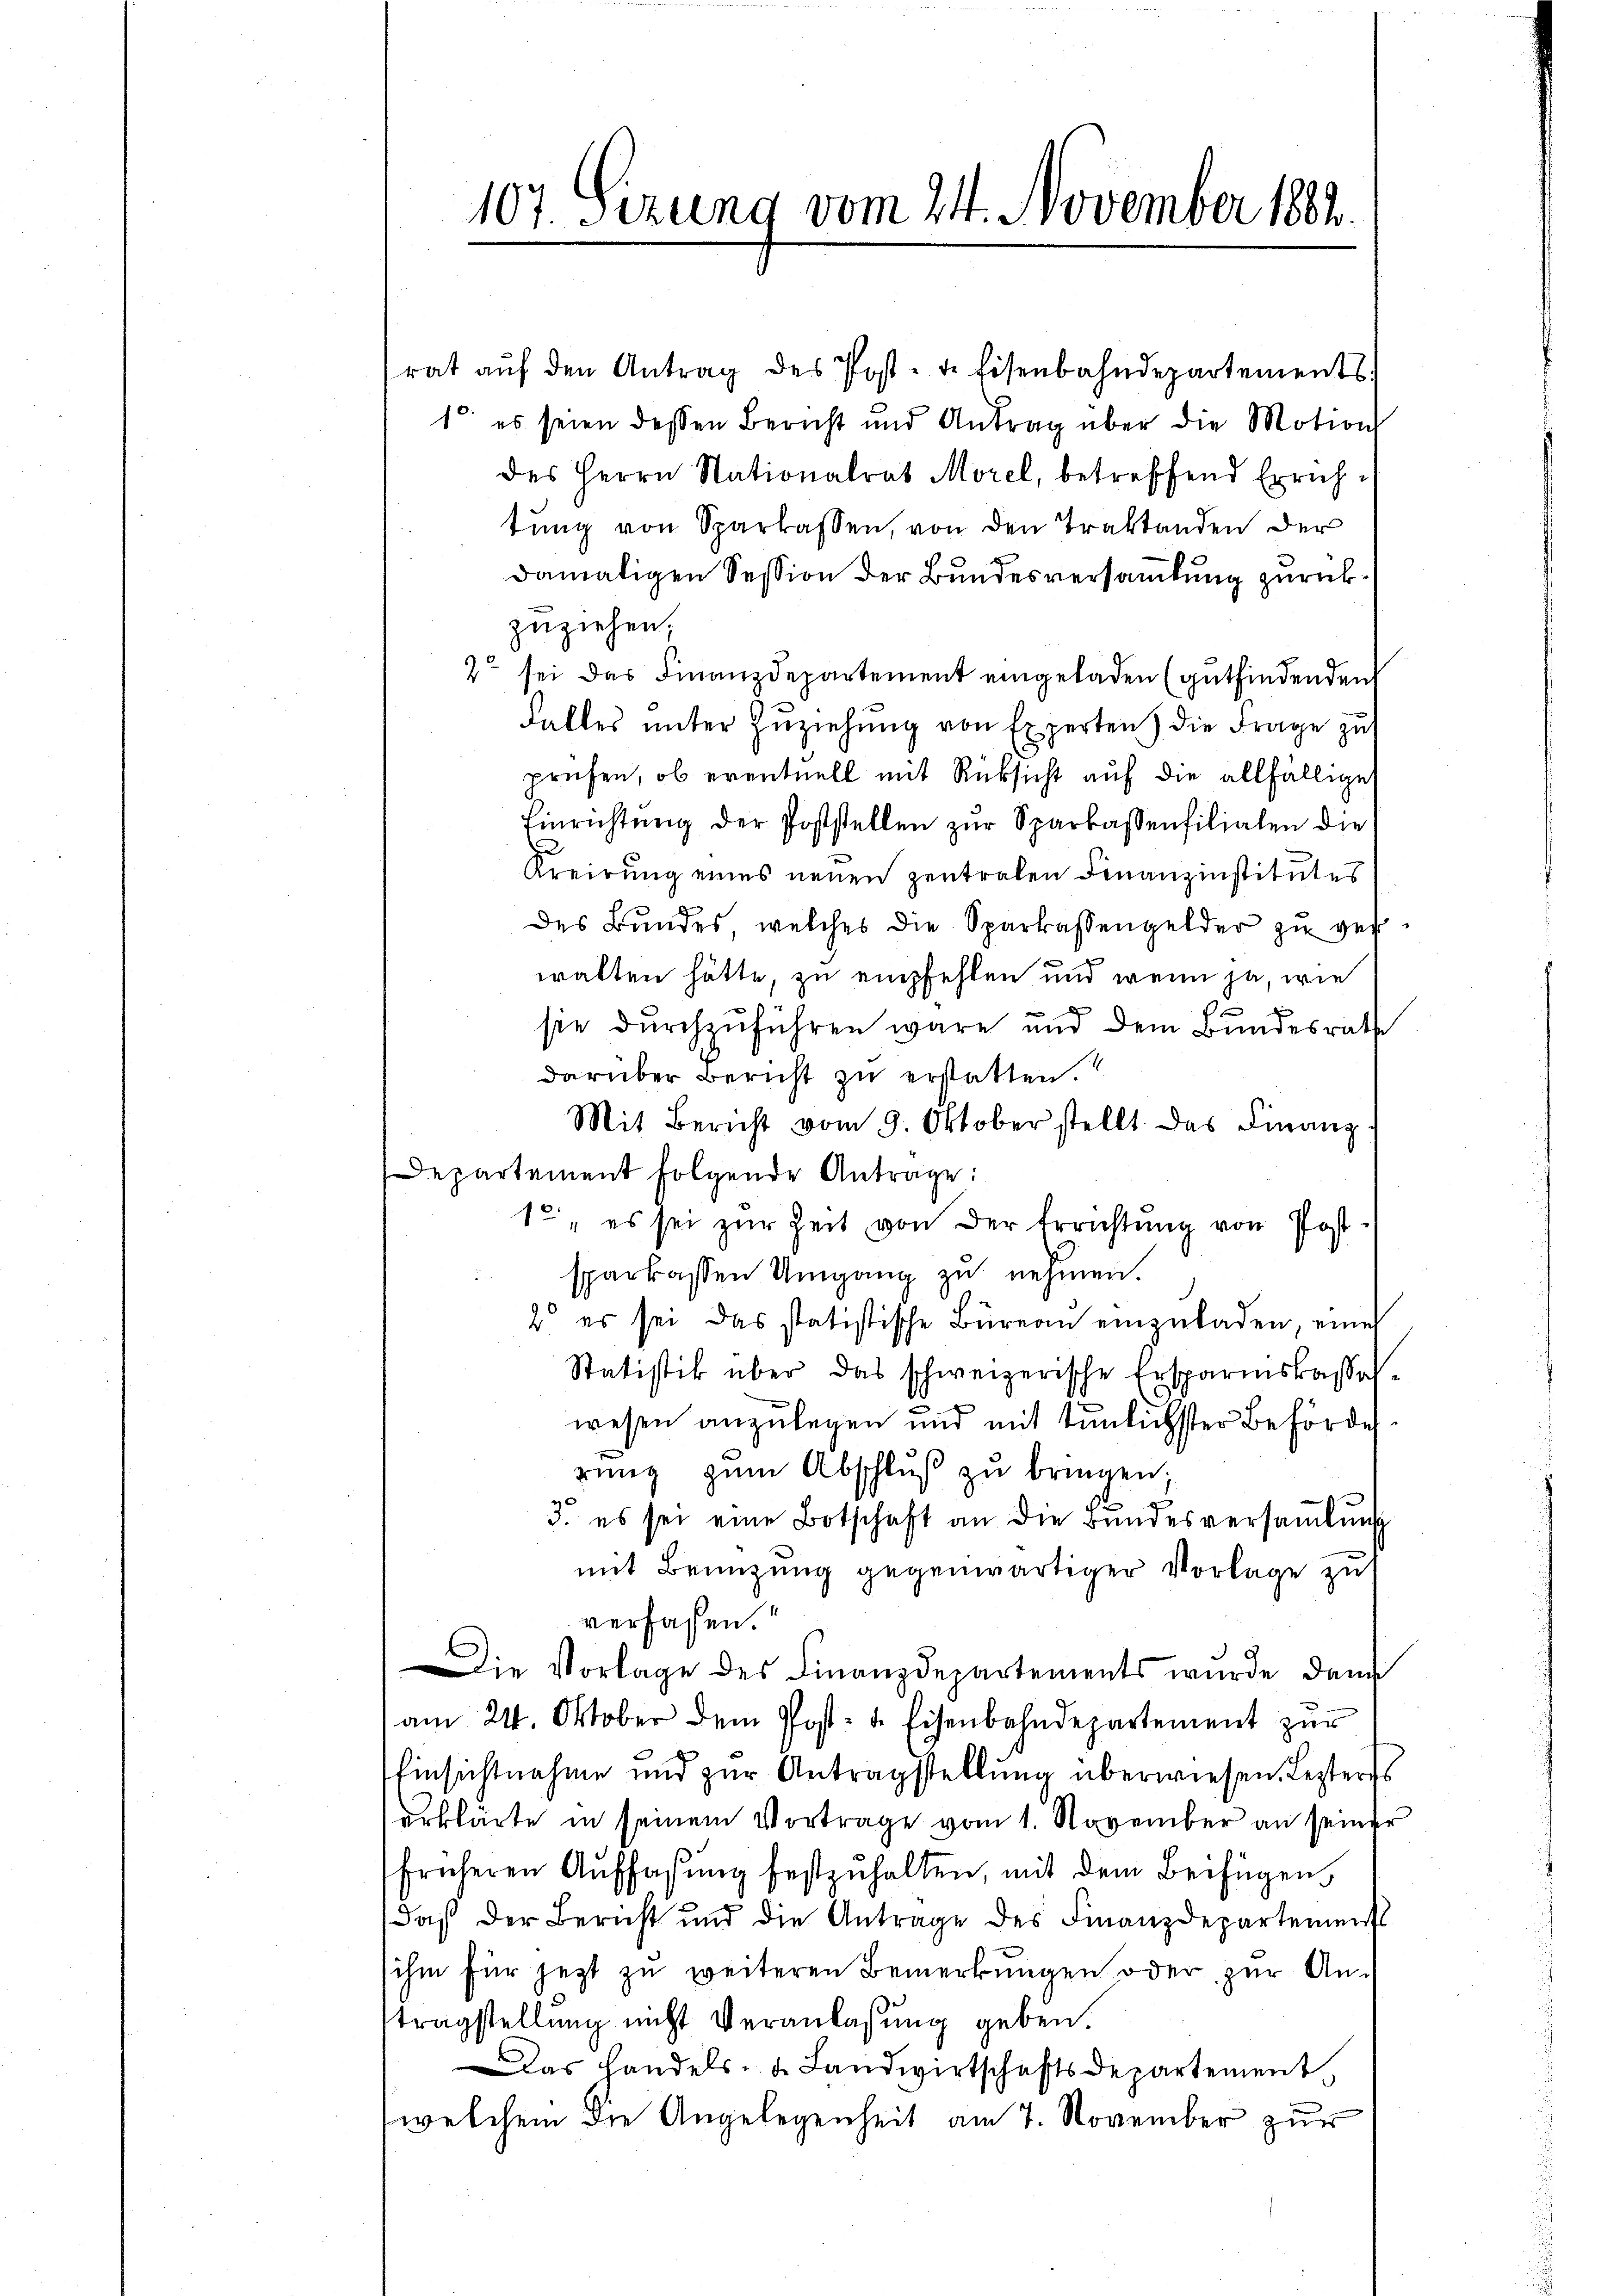
107. Sizung vom 24. November 1882.

rat aŭf den Antrag des Post- u. Eisenbahndepartements.
1. es seien dessen Bericht und Antrag über die Motion
des Herrn Nationalrat Morel, betreffend Errichtung von Sparkassen, von den Traktanden der
damaligen Session der Bundesversammlung zurückzuziehen;
2t sei das Finanzdepartement eingeladen (gutfindenden
Falles unter Zuziehung von Experten) die Frage zu
prüfen, ob eventuell mit Rüksicht aŭf die allfällige
Einrichtŭng der Poststellen zŭr Sparkassenfilialen die
Kreirung eines neuen Zentralen Finanzinstitutes
des Bŭndes, welches die Sparkassengelder zu verwalten hätte, zu empfehlen und wenn ja, wie
.
e
sie durchzŭführen wäre und dem Bundesrathe
darüber Bericht zu erstatten.
Mit Bericht vom 9. Oktober stellt das Finanz
Departement folgende Antrage:
12, es sei zŭr Zeit, von der Errichtung von Post-
sparkassen Umgang zu nehmen.
2 es sei das statistische Büreau einzuladen, einer
Statistik über das schweizerische Ersparmskassawesen anzulegen und mit tunlichster Behörde
rŭng zŭm Abschluß zu bringen;
3. es sei eine Botschaft an die Bundesversaṁlŭng
mit Benüzung gegenwärtiger Vorlage zu
verfassen.“
Die Vorlage des Finanzdepartements wurde dann
am 24. Oktober dem Post- u. Eisenbahndepartement zur
Einsichtnahme und zur Antragstellung überwiesen, Lezteres
erklärte in seinem Vortrage vom 1. November an seiner
früheren Auffassŭng festzuhalten, mit dem Beifügen,
daß der Bericht und die Antrage des Finanzdepartements
ihm für jetzt zu weiteren Bemerkungen oder zur Antragstellung nicht Veranlaßung geben
Das Handels- u. Landwirtschaftsdepartement
welchem die Angelegenheit am 7. November zur